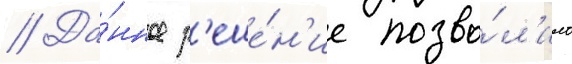
// Да́нное р'еше́н'ие позво́л'ило